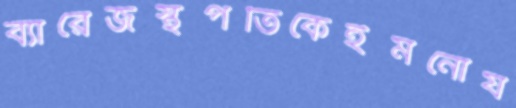
ব্যারেজস্থপতিকেইমনোয